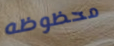
محظوظه